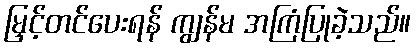
မြှင့်တင်ပေးရန် ကျွန်မ အကြံပြုခဲ့သည်။